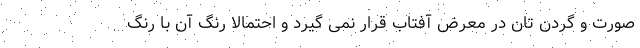
صورت و گردن تان در معرض آفتاب قرار نمی گیرد و احتمالاً رنگ آن با رنگ